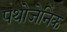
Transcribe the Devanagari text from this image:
पथोजेनिक